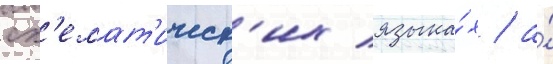
сх'емат'ическ'их языка́х / а́